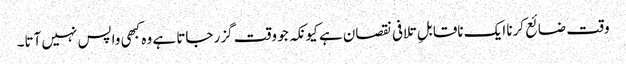
وقت ضائع کرنا ایک ناقابلِ تلافی نقصان ہے کیونکہ جو وقت گزر جاتا ہے وہ کبھی واپس نہیں آتا۔